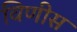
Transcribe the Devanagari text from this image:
विणीस